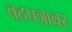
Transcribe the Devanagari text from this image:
वटपत्रावर